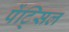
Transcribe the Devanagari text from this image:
पेंट्सिल